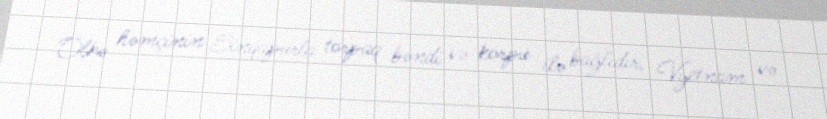
Ölkə həmçinin Sinqapurla torpaq bəndi və körpü ilə bağlıdır, Vyetnam və